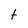
Character: t